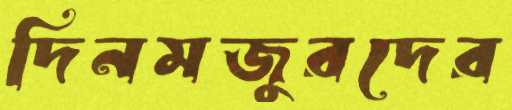
দিনমজুরদের